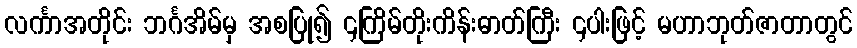
လင်္ကာအတိုင်း ဘင်္ဂအိမ်မှ အစပြု၍ ၄ကြိမ်တိုးကိန်းဓာတ်ကြီး ၄ပါးဖြင့် မဟာဘုတ်ဇာတာတွင်